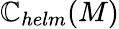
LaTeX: \mathbb{C}_{helm}(M)